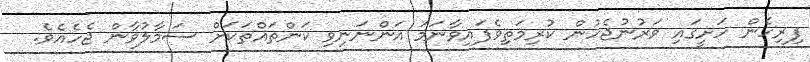
ފިރިހެން ހަށީގައި ވަރުނުޖެހުން ކުރިމަތިވެފައިވާނަމަ އަންނަނިވި ކަންތައްތަކަށް ސަމާލުވާން ޖެހެއެވެ.